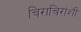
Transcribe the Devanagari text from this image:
चिराचिरांशी